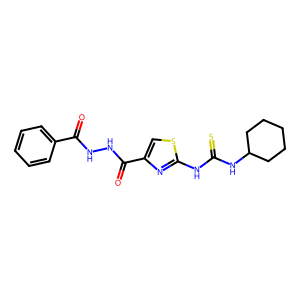
SMILES: O=C(NNC(=O)c1csc(NC(=S)NC2CCCCC2)n1)c1ccccc1
Inhibits HIV replication: No